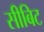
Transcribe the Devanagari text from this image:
सीबिट